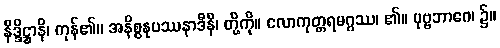
နိဒ္ဒိဋ္ဌာနိ၊ ကုန်၏။ အနိစ္စနုပဿနာဒီနိ၊ တို့ကို။ လောကုတ္တရမဂ္ဂဿ၊ ၏။ ပုဗ္ဗဘာဂေ၊ ၌။